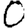
Digit: 0